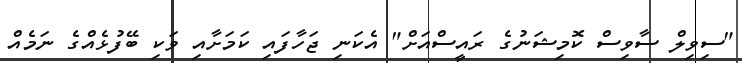
"ސިވިލް ސާވިސް ކޮމިޝަނުގެ ރައީސްއަށް" އެކަނި ޖަހާފައި ކަމަށާއި ވަކި ބޭފުޅެއްގެ ނަމެއް